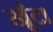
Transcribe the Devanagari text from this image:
खूँटा